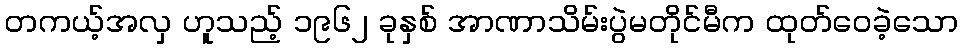
တကယ့်အလှ ဟူသည့် ၁၉၆၂ ခုနှစ် အာဏာသိမ်းပွဲမတိုင်မီက ထုတ်ဝေခဲ့သော